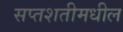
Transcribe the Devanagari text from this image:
सप्तशतीमधील